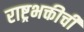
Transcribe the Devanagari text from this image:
राष्ट्रभक्तीची